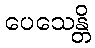
ပေသေန္တိ